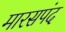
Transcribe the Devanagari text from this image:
मारसपंद